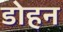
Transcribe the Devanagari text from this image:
डोहन